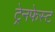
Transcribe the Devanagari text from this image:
ट्रेनफेस्ट